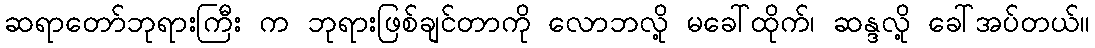
ဆရာတော်ဘုရားကြီး က ဘုရားဖြစ်ချင်တာကို လောဘလို့ မခေါ်ထိုက်၊ ဆန္ဒလို့ ခေါ်အပ်တယ်။